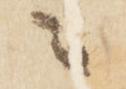
々